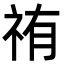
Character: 𮁰